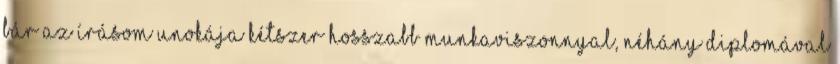
bár az írásom Unokája kétszer hosszabb munkaviszonnyal, néhány diplomával